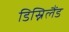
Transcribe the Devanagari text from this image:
डिस्निलैंड